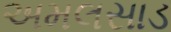
અમલસાડ